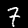
Digit: 7